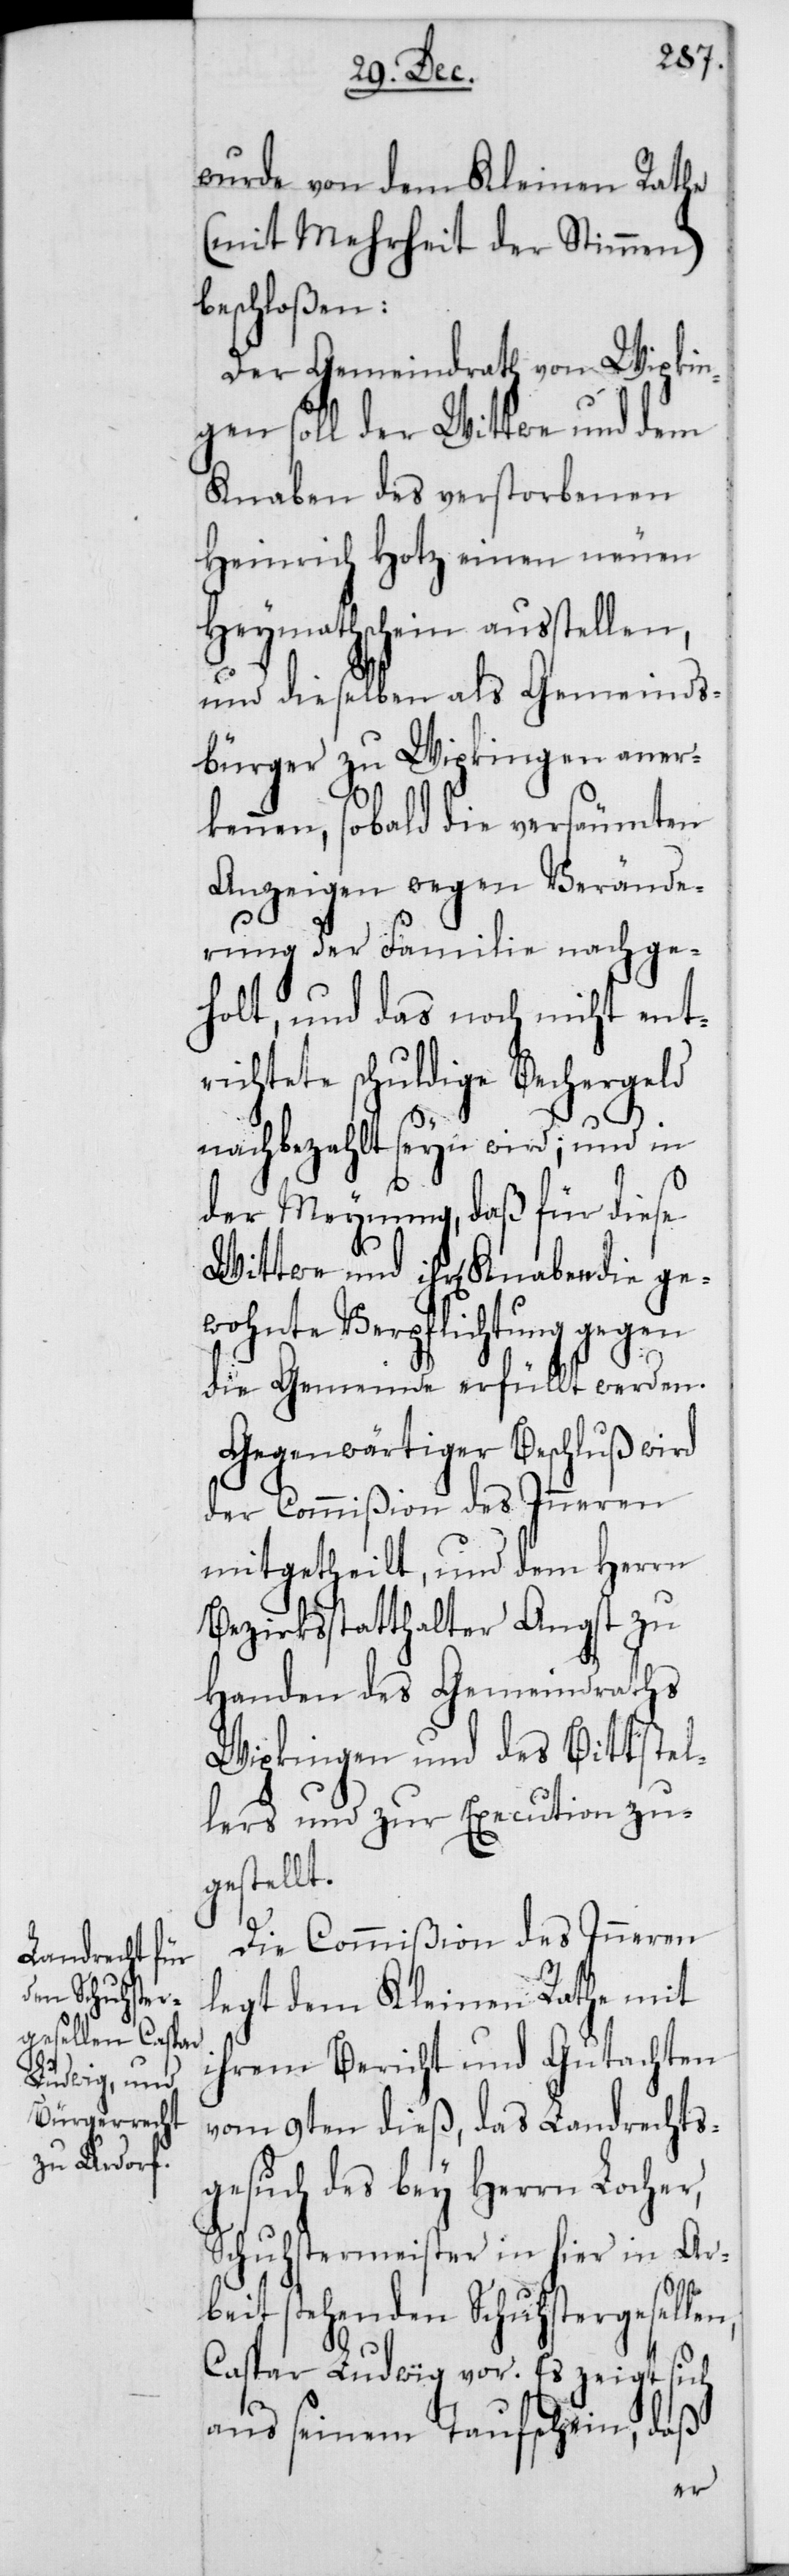
wurde von dem Kleinen Rathe
(mit Mehrheit der Stimmen)
beschloßen:
Der Gemeindrath von Wipkin¬
gen soll der Wittwe und dem
Knaben des verstorbenen
Heinrich Hotz einen neuen
Heymathschein ausstellen,
und dieselben als Gemeinds¬
bürger zu Wipkingen aner¬
kennen, sobald die versäumten
Anzeigen wegen Verände¬
rung der Familie nachge¬
holt, und das noch nicht entr¬
ichtete schuldige Bechergeld
nachbezahlt seyn wird; und in
der Meynung, daß für diese
Wittwe und ihren Knaben die ge¬
wohnte Verpflichtung gegen
die Gemeinde erfüllt werden.
Gegenwärtiger Beschluß wird
der Commißion des Inneren
mitgetheilt, und dem Herrn
Bezirksstatthalter Angst zu
Handen des Gemeindraths
Wipkingen und des Bittstel¬
lers und zur Execution zu¬
gestellt.
Die Commißion des Inneren
legt dem Kleinen Rathe mit
ihrem Bericht und Gutachten
vom 9ten dieß, das Landrechts¬
gesuch des bey Herrn Locher,
Schustermeister in hier in Ar¬
beit stehenden Schustergesellen,
Caspar Ludwig vor. Es zeigt sich
aus seinem Taufschein, daß